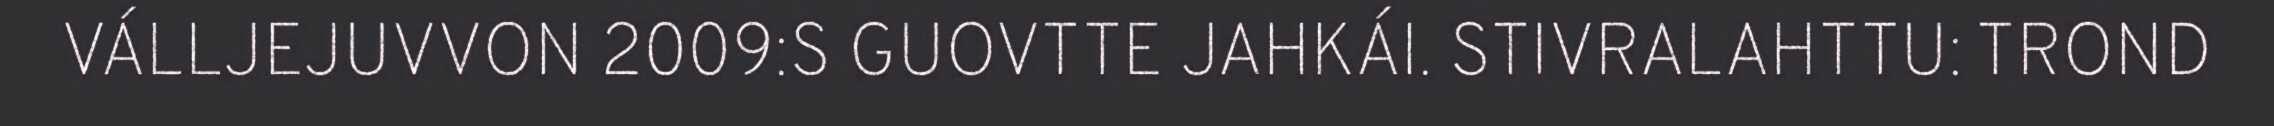
VÁLLJEJUVVON 2009:S GUOVTTE JAHKÁI. STIVRALAHTTU: TROND